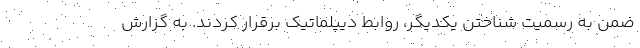
ضمن به رسمیت شناختن یکدیگر، روابط دیپلماتیک برقرار کردند. به گزارش